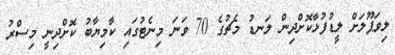
ލިވަޕޫލަށް ލީޑުފުޅާކޮށްދިން ލަނޑު މެޗުގެ 70 ވަނަ މިނެޓުގައި ކާމިޔާބު ކޮށްދިނީ މިސްރު